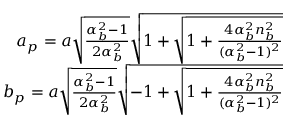
\begin{array} { r } { a _ { p } = a \sqrt { \frac { \alpha _ { b } ^ { 2 } - 1 } { 2 \alpha _ { b } ^ { 2 } } } \sqrt { 1 + \sqrt { 1 + \frac { 4 \alpha _ { b } ^ { 2 } n _ { b } ^ { 2 } } { ( \alpha _ { b } ^ { 2 } - 1 ) ^ { 2 } } } } } \\ { b _ { p } = a \sqrt { \frac { \alpha _ { b } ^ { 2 } - 1 } { 2 \alpha _ { b } ^ { 2 } } } \sqrt { - 1 + \sqrt { 1 + \frac { 4 \alpha _ { b } ^ { 2 } n _ { b } ^ { 2 } } { ( \alpha _ { b } ^ { 2 } - 1 ) ^ { 2 } } } } } \end{array}